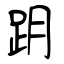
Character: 跀